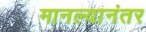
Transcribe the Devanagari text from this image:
मानल्यानंतर